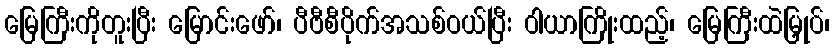
မြေကြီးကိုတူးပြီး မြောင်းဖော်၊ ပီဗီစီပိုက်အသစ်ဝယ်ပြီး ဝါယာကြိုးထည့်၊ မြေကြီးထဲမြှုပ်၊